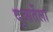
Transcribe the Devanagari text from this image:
दुआर्तेला